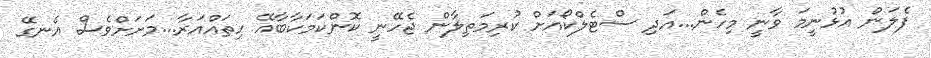
ފެލަން އުޅުނީމަ ވާނީ މިހެން...އަދި ސްޓެލްކޯއަށް ކުރިމަތިލާން ޖެހޭނީ ކޮންކަމަކާބާއޭ ހިތައްއަރާ...މަށަށްވެސް އެނގޭ